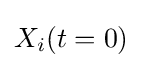
X_{i}(t=0){\frac {}{}}